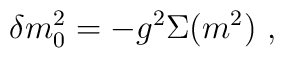
\delta m_{0}^{2}=-g^{2}\Sigma(m^{2})\ ,